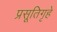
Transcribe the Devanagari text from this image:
प्रसूतिगृहे